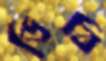
ডিবি